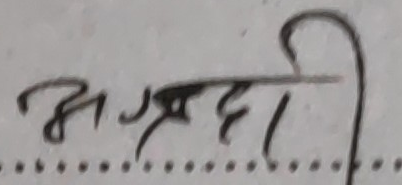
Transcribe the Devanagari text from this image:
अग्रणी